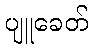
ပျူခေတ်